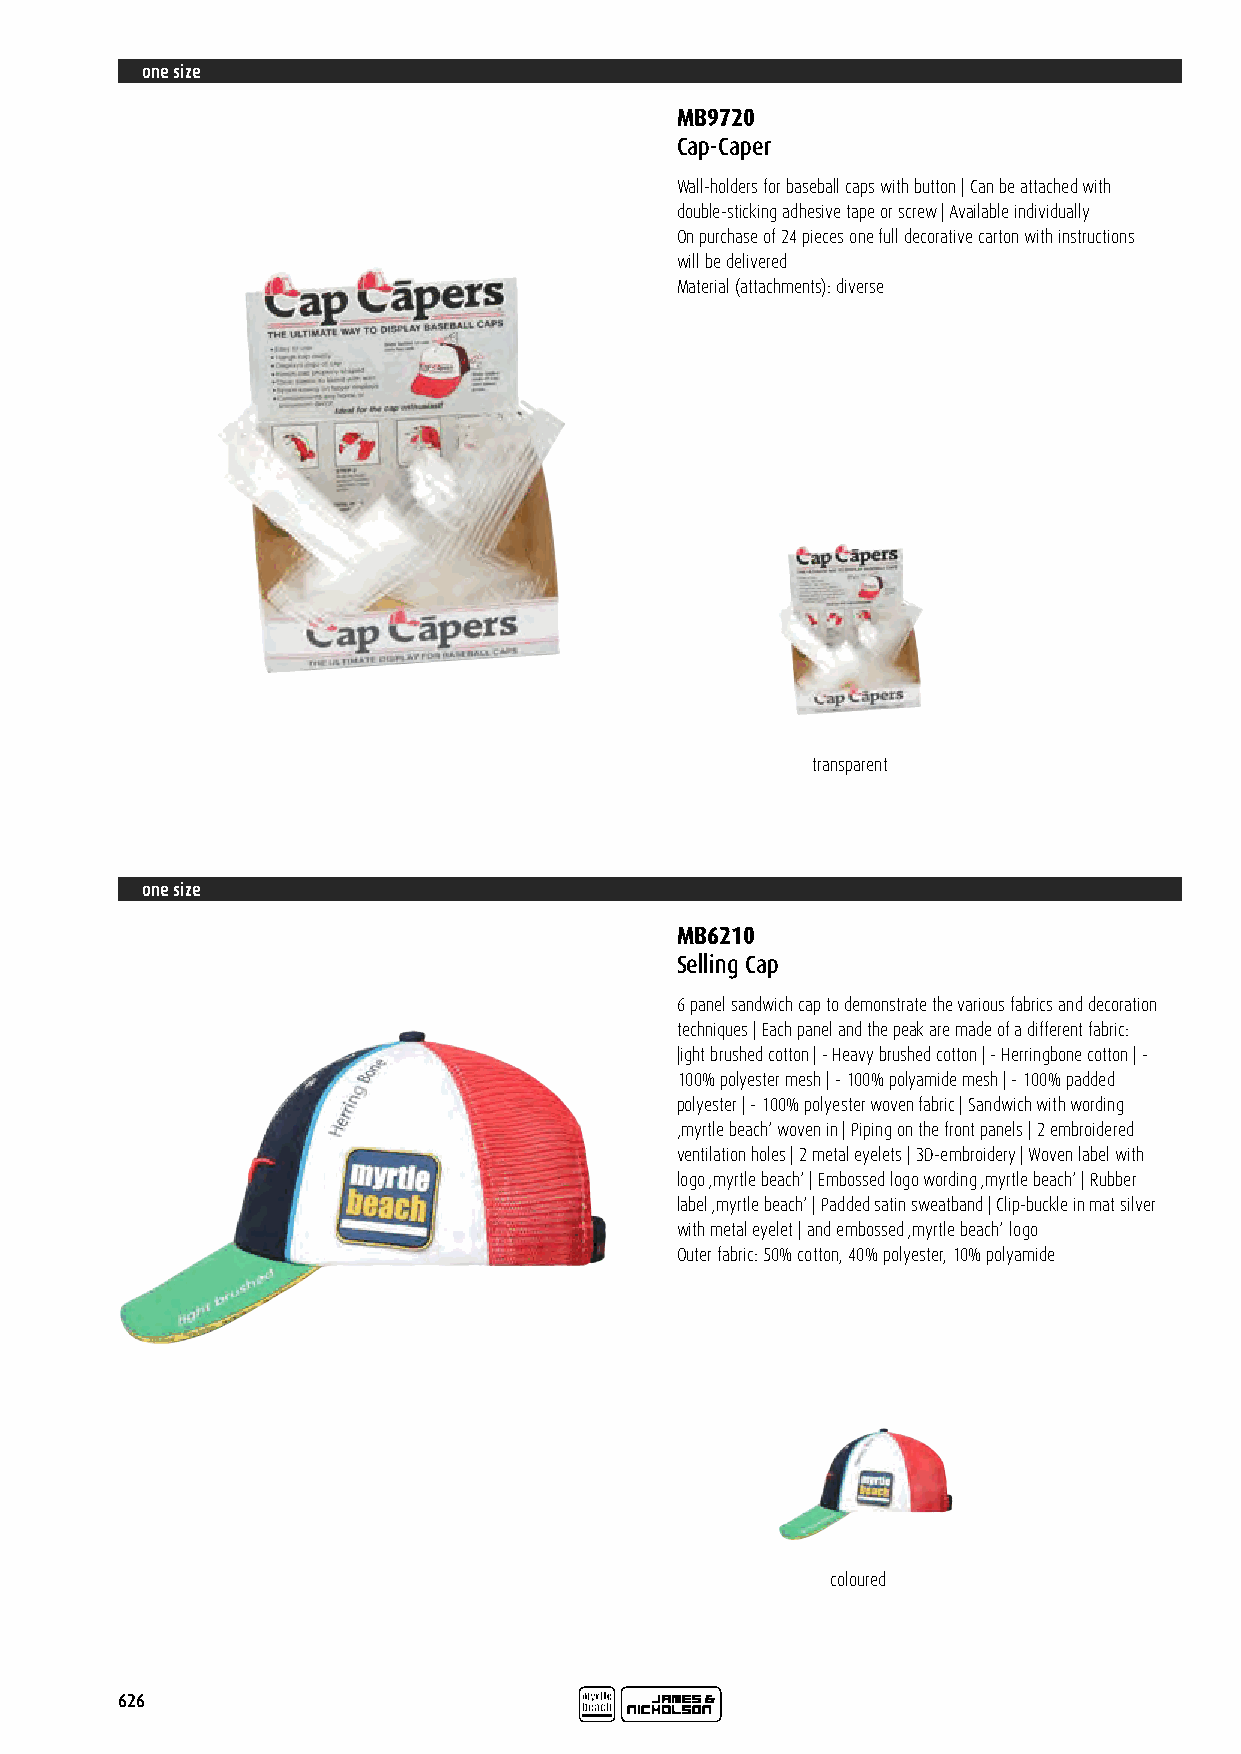
one size
 MB9720
 Cap-Caper
 Wall-holders for baseball caps with button | Can be attached with
 double-sticking adhesive tape or screw | Available individually
 On purchase of 24 pieces one full decorative carton with instructions
 will be delivered
 Material (attachments): diverse
 Hook and loop fastener Hook and loop fastener with Hook and loop fastener with Reflective hook and loop fastener
 silicone-loop   decorative piping
 Metal buckle in mat silver with Metal buckle in mat silver with Metal buckle in mat silver with New generation buckle
 press stud and embroidered eyelet press stud and embroidered eyelet press stud and metal eyelet
 transparent
 one size
 Clip fastener with brass buckle Clip fastener with silver buckle Clip fastener with buckle in mat silver Clip buckle in mat silver with
 and embroidered eyelet and embroidered eyelet and embroidered eyelet contrasting piping and
 MB6210                                                                                              embroidered eyelet
 Selling Cap
 6 panel sandwich cap to demonstrate the various fabrics and decoration
 techniques | Each panel and the peak are made of a different fabric:
 |ight brushed cotton | - Heavy brushed cotton | - Herringbone cotton | -
 100% polyester mesh | - 100% polyamide mesh | - 100% padded
 polyester | - 100% polyester woven fabric | Sandwich with wording
 ‚myrtle beach‘ woven in | Piping on the front panels | 2 embroidered
 Clip fastener in mat silver Clip fastener in shiny silver with embossed Clip fastener in graphite grey with Clip fastener in mat silver
 ventilation holes | 2 metal eyelets | 3D-embroidery | Woven label with with metal eyelet myrtle beach logo and metal eyelet embossed myrtle beach logo and metal eyelet with metal eyelet
 logo ‚myrtle beach‘ | Embossed logo wording ‚myrtle beach‘ | Rubber
 label ‚myrtle beach‘ | Padded satin sweatband | Clip-buckle in mat silver
 with metal eyelet | and embossed ‚myrtle beach‘ logo
 Outer fabric: 50% cotton, 40% polyester, 10% polyamide
 „click & snap“ fastener Sportive band with clip fastener New hook and loop fastener Zip fastener
 coloured
 Fully closed back panel Elastic band
 626